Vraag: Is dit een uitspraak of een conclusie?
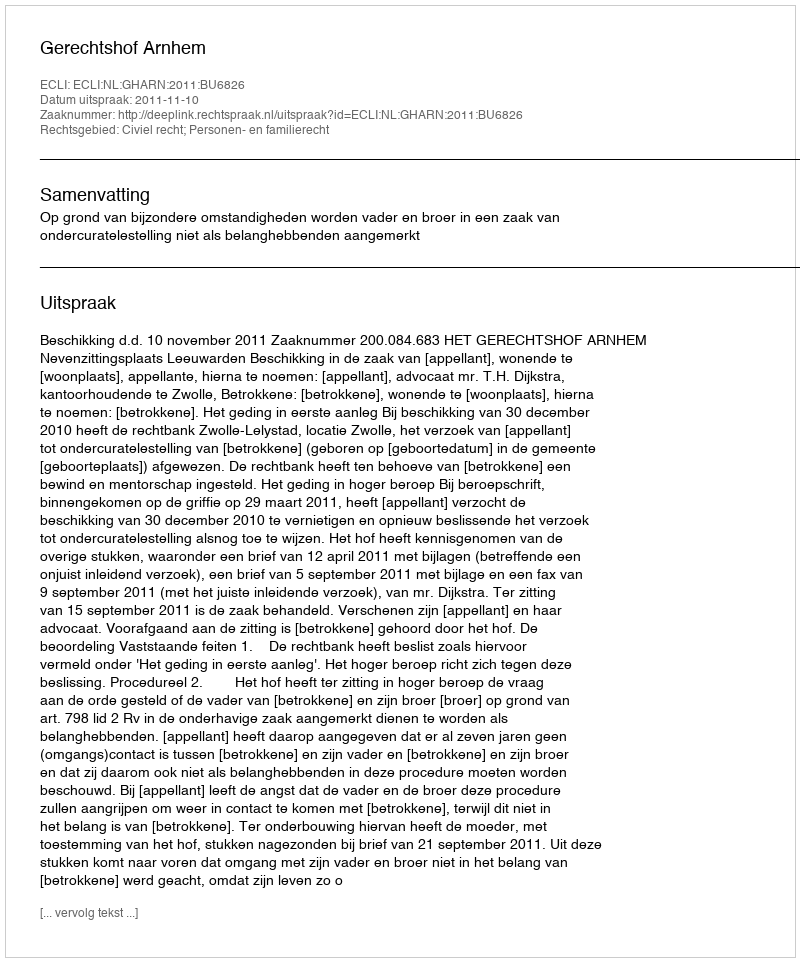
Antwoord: Uitspraak